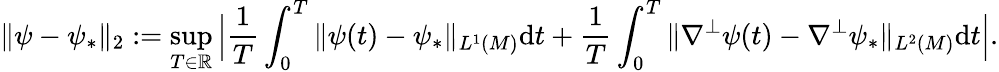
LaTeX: \| \psi-\psi_{*}\| _{2}:=\operatorname*{sup}_{T\in\mathbb{R}}\Big|\frac{1}{T}\int_{0}^{T}\| \psi(t)-\psi_{*}\| _{L^{1}(M)}\mathrm{d}t+\frac{1}{T}\int_{0}^{T}\| \nabla^{\perp}\psi(t)-\nabla^{\perp}\psi_{*}\| _{L^{2}(M)}\mathrm{d}t\Big|.